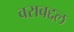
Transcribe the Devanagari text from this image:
वराबद्दल